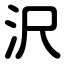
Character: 沢